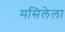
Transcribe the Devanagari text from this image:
मसिलेला